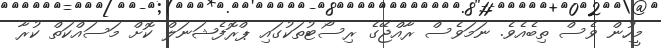
މީހުން ވެސް ތިބެއެވެ. ނަމަވެސް ރާއްޖޭގެ ރިސޯޓުތަކުގައި ޕްރޮފެޝަނަލް ކޮށް މަސައްކަތް ކުރާ